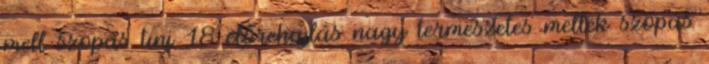
mell szopás tini 18 előrehajlás nagy természetes mellek szopás